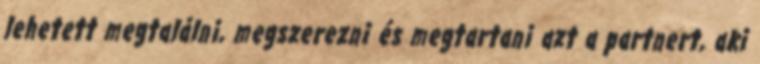
lehetett megtalálni, megszerezni és megtartani azt a partnert, aki